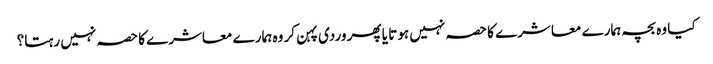
کیا وہ بچہ ہمارے معاشرے کا حصہ نہیں ہوتا یا پھر وردی پہن کر وہ ہمارے معاشرے کا حصہ نہیں رہتا؟